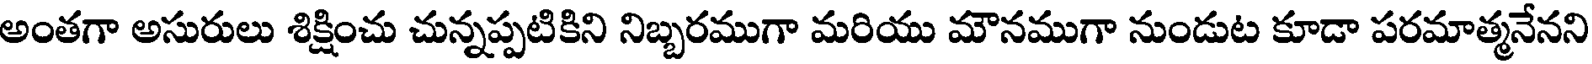
అంతగా అసురులు శిక్షించు చున్నప్పటికిని నిబ్బరముగా మరియు మౌనముగా నుండుట కూడా పరమాత్మనేనని